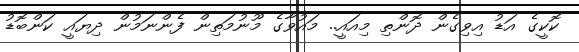
ކޮކީގެ އަޑު އިވިގެން ދޮންތި މިއައީ.. މައުވާގެ މޫނުމަތިން ފެންނަމުން ދިޔައީ ކަންބޮޑު